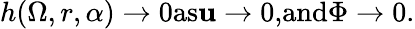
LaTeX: h(\Omega,r,\alpha)\to 0\textrm{as}\mathbf{u}\to 0\textrm{,and}\Phi\to 0.